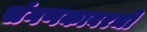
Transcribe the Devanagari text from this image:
संगणकावरची